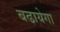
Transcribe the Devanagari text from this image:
बढायेगा